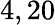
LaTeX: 4,20